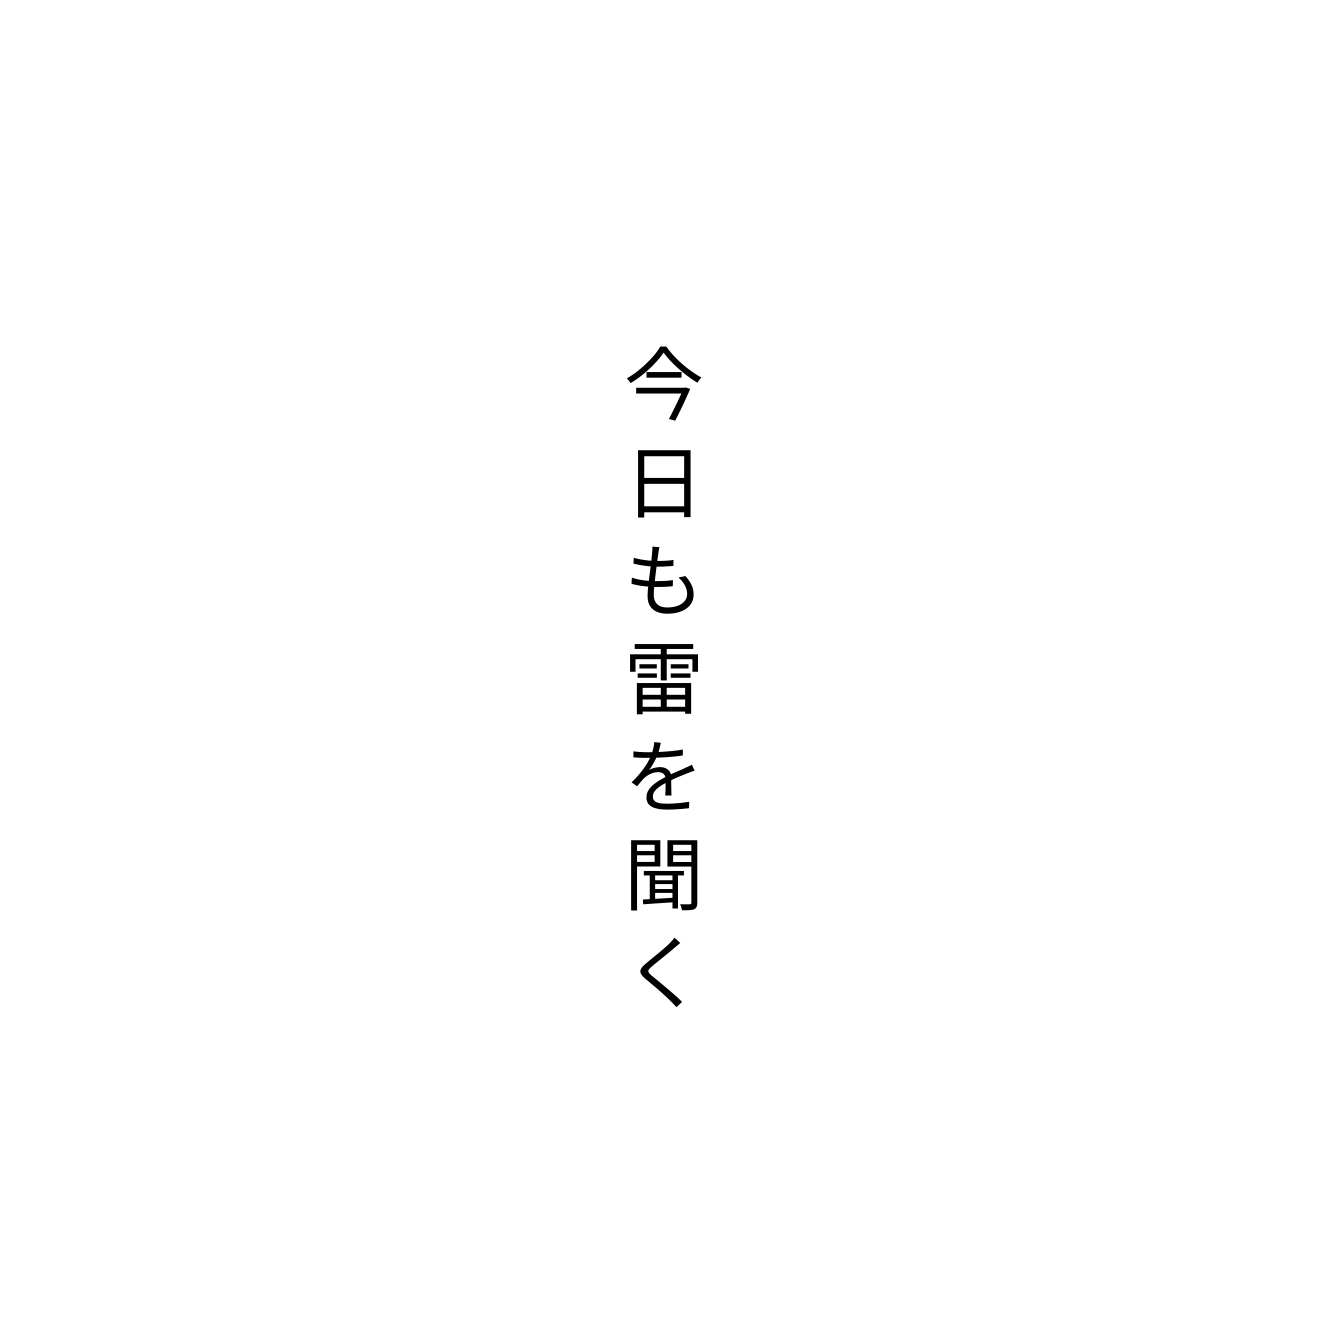
今日も雷を聞く